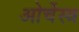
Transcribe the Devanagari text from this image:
ओर्चेस्त्र